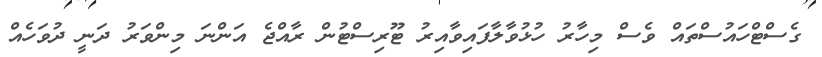
ގެސްޓްހައުސްތައް ވެސް މިހާރު ހުޅުވާލާފައިވާއިރު ޓޫރިސްޓުން ރާއްޖެ އަންނަ މިންވަރު ދަނީ ދުވަހެއް